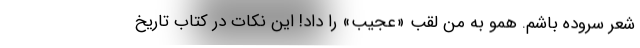
شعر سروده باشم. همو به من لقب «عجیب» را داد! این نکات در کتاب تاریخ